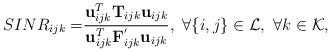
LaTeX: \begin{align*}SINR_{ijk}=&\frac{{\bf u}^{T}_{ijk}{\bf T}_{ijk}{\bf u}_{ijk}}{{\bf u}_{ijk}^{T}{\bf F}^{'}_{ijk}{\bf u}_{ijk}},\ \forall\{i,j\}\in\mathcal{L},\ \forall k\in\mathcal{K},\end{align*}